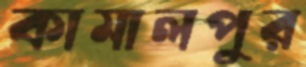
কামালপুর